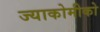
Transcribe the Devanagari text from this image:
ज्याकोमीको